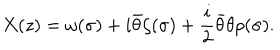
LaTeX: X ( z ) = \omega ( \sigma ) + i { \bar { \theta } } \zeta ( \sigma ) + \frac { i } { 2 } { \bar { \theta } } \theta \rho ( \sigma ) .